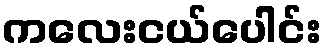
ကလေးငယ်ပေါင်း